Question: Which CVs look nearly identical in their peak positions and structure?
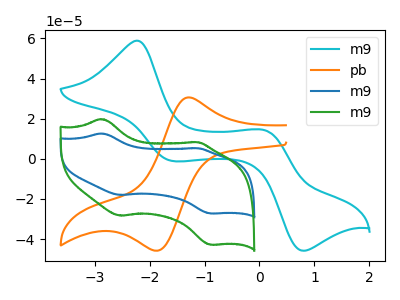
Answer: <think>The cyan curve "m9" has anodic peaks at (-2.25V, 58.90uA) (0.10V, 14.20uA) and cathodic peaks at (-1.60V, -1.10uA) (0.80V, -45.85uA). The orange curve "pb" has an anodic peak at (-1.25V, 30.55uA) and a cathodic peak at (-1.85V, -45.80uA). The blue curve "m9" has anodic peaks at (-2.90V, 12.60uA) (-1.15V, 5.25uA) and cathodic peaks at (-2.55V, -18.05uA) (-0.90V, -27.30uA). The green curve "m9" has anodic peaks at (-2.90V, 19.80uA) (-1.15V, 8.30uA) and cathodic peaks at (-2.55V, -28.35uA) (-0.90V, -42.85uA).
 "m9" and "pb" have a different number of peaks. "m9" and "m9" have at least one peak that do not match. "m9" and "m9" have at least one peak that do not match. "pb" and "m9" have a different number of peaks. "pb" and "m9" have a different number of peaks. All the peaks in "m9" have a peak in "m9" at the same potential. Every peak in "m9" is lower than every peak in "m9".</think>
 <answer>"m9" and "m9" have the same shape and are likely CV's of the same chemical.</answer>
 <eval>"m9" "m9"</eval>